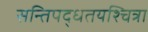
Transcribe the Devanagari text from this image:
सन्तिपद्धतयश्चित्रा